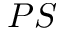
P S